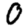
Digit: 0